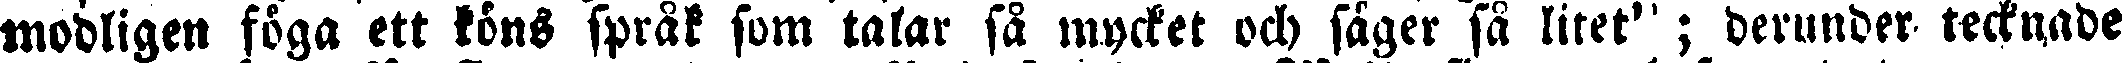
modligen föga ett köns språk som talar så mycket och säger så litet" ; derunder tecknade